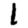
Digit: 1